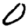
Digit: 0